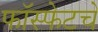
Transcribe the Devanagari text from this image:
फॉस्फेटचे